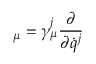
{ \bf \Gamma } _ { \mu } = \gamma _ { \mu } ^ { j } { \frac { \partial } { \partial { \dot { q } } ^ { j } } }